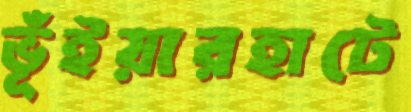
ভূঁইয়ারহাটে